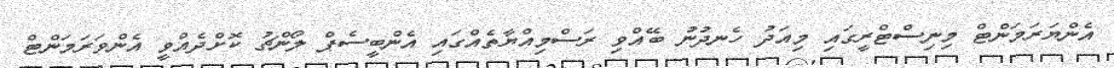
އެންޔަރަމަންޓް މިނިސްޓްރީގައި މިއަދު ހެނދުނު ބޭއްވި ރަސްމިއްޔާތެއްގައި އެންބީސެޕް ލޯންޗު ކޮށްދެއްވީ އެންވަރަމަންޓް